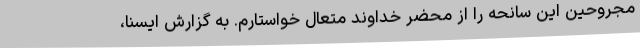
مجروحین این سانحه را از محضر خداوند متعال خواستارم. به گزارش ایسنا،